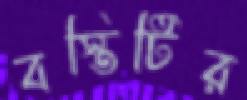
বস্তিটির